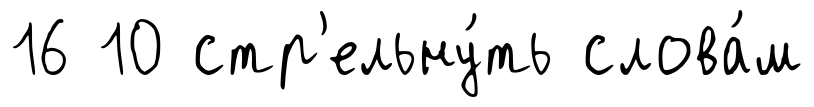
16 10 стр'ельну́ть слова́м